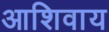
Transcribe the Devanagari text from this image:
आशिवाय